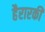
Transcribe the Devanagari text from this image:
हैरारकी